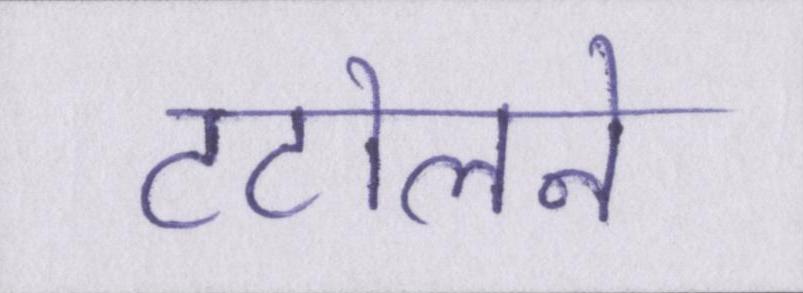
टटोलने